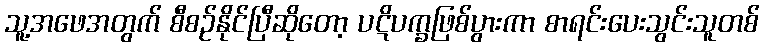
သူ့အဖေအတွက် စီစဉ်နိုင်ပြီဆိုတော့ ပဋိပက္ခဖြစ်ပွားကာ စာရင်းပေးသွင်းသူတစ်